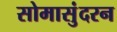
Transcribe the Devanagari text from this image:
सोमासुंदरन